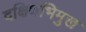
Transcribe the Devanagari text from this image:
दक्षिणभिमुख